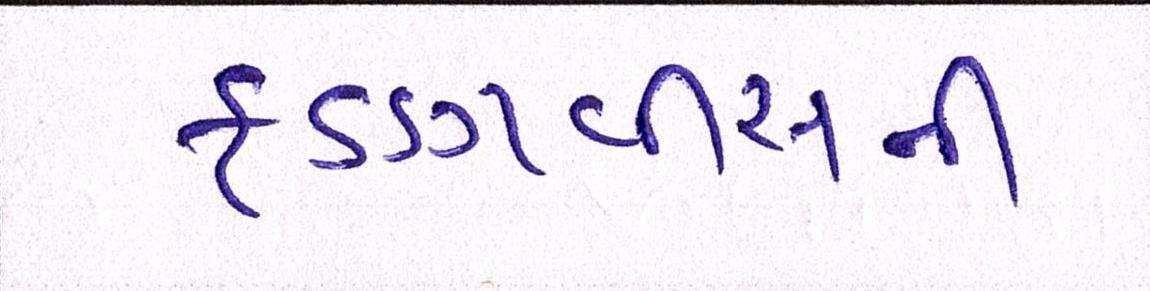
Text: ફડણવીસની